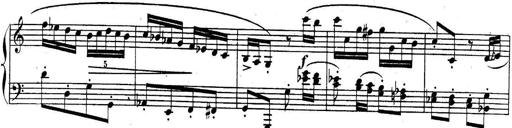
Title: Sonatina for Piano
Composer: BÃ©la BartÃ³k